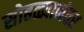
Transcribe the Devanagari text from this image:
सोहळ्यानंतर